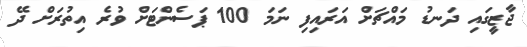
ޖާޒީގައި ދަނޑު މައްޗަށް އަރައިފި ނަމަ 100 ޕަސެންޓަށް ވުރެ އިތުރަށް ދޭ